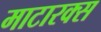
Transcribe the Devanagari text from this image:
माटारक्स